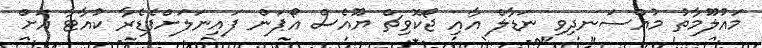
މައުލޫމާތު މުއްސަނދިވި ނަޑާލް އާއި ޖޯކޮވިޗް ޔޫއެސް އޯޕަން ފައިނަލަށްފެޑެރާ ކުއާޓާ އަށް